Etiology and epidemiology of plague
Disease focus: Plague
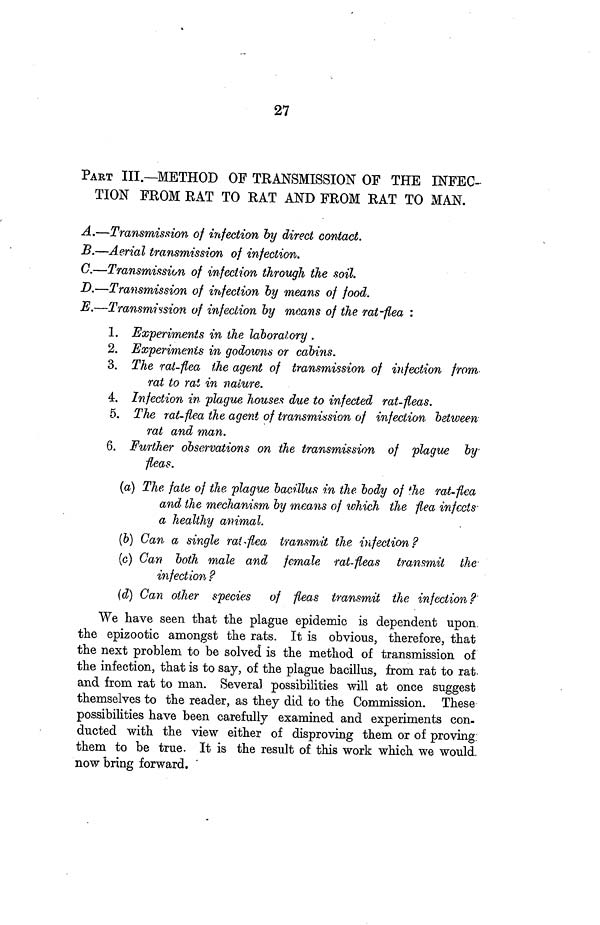
27
PART III.—METHOD OF TRANSMISSION OF THE INFEC-
TION FROM RAT TO RAT AND FROM RAT TO MAN.
A.—Transmission of infection by direct contact.
B.—Aerial transmission of infection.
C.—Transmission of infection through the soil.
D.—Transmission of infection by means of food.
E.—Transmission of infection by means of the rat-flea :
1. Experiments in the laboratory .
2. Experiments in godowns or cabins.
3. The rat-flea the agent of transmission of infection from
rat to rat in nature.
4. Infection in plague houses due to infected rat-fleas.
5. The rat-flea the agent of transmission of infection between
rat and man.
6. Further observations on the transmission of plague by
fleas.
(a) The fate of the plague bacillus in the body of the rat-flea
and the mechanism by means of which the flea infects
a healthy animal.
(b) Can a single rat-flea transmit the infection?
(c) Can both male and female rat-fleas transmit the
infection?
(d) Can other species of fleas transmit the infection?
We have seen that the plague epidemic is dependent upon
the epizootic amongst the rats. It is obvious, therefore, that
the next problem to be solved is the method of transmission of
the infection, that is to say, of the plague bacillus, from rat to rat.
and from rat to man. Several possibilities will at once suggest
themselves to the reader, as they did to the Commission. These
possibilities have been carefully examined and experiments con-
ducted with the view either of disproving them or of proving
them to be true. It is the result of this work which we would.
now bring forward.